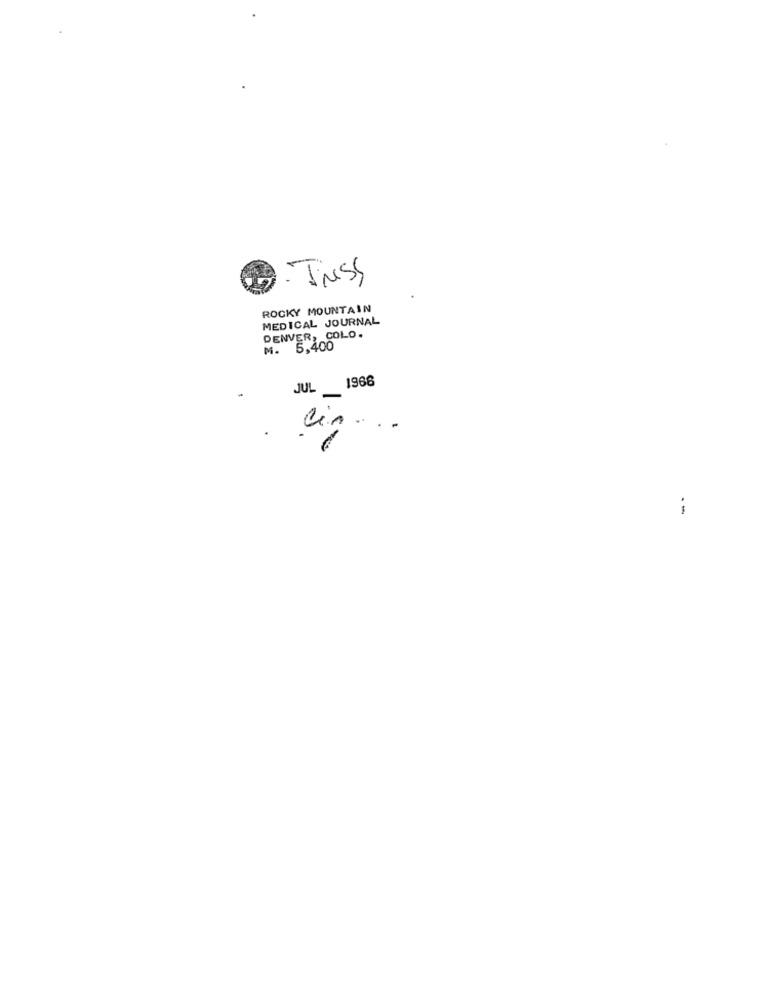
Juss
ROCKY MOUNTAIN
MEDICAL JOURNAL
DENVER, COLO.
M. 5,400
1968
JUL
cin ...
-
--